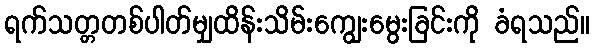
ရက်သတ္တတစ်ပါတ်မျှထိန်းသိမ်းကျွေးမွေးခြင်းကို ခံရသည်။